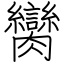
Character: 臠